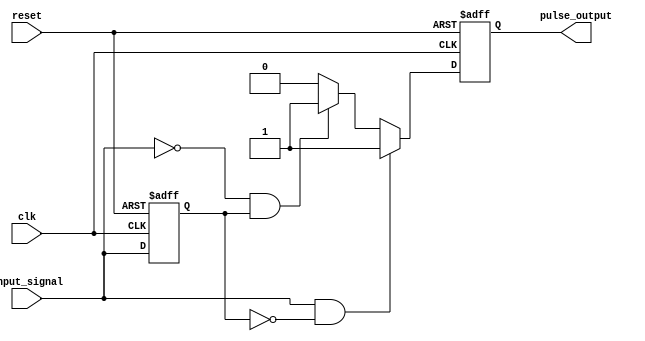
module pulse_edge_detector (
    input wire clk,                // Clock signal
    input wire reset,              // Asynchronous reset
    input wire input_signal,       // Input signal to detect edges
    output reg pulse_output         // Pulse output for detected edges
);

    // State memory to store the previous state of the input signal
    reg previous_state;

    // Edge detection logic
    always @(posedge clk or posedge reset) begin
        if (reset) begin
            previous_state <= 1'b0;  // Initialize previous state to low
            pulse_output <= 1'b0;     // Initialize pulse output to low
        end else begin
            // Detect rising edge
            if (input_signal && !previous_state) begin
                pulse_output <= 1'b1;  // Generate pulse for rising edge
            end
            // Detect falling edge
            else if (!input_signal && previous_state) begin
                pulse_output <= 1'b1;  // Generate pulse for falling edge
            end else begin
                pulse_output <= 1'b0;   // No edge detected, keep pulse low
            end
            
            // Update previous state
            previous_state <= input_signal;
        end
    end

endmodule